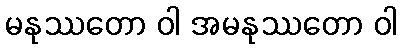
မနုဿတော ဝါ အမနုဿတော ဝါ